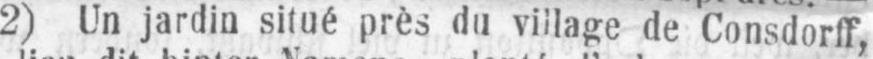
2) Un jardin situé près du village de Consdorff,